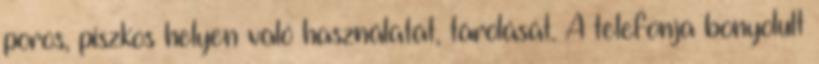
poros, piszkos helyen való használatát, tárolását. A telefonja bonyolult